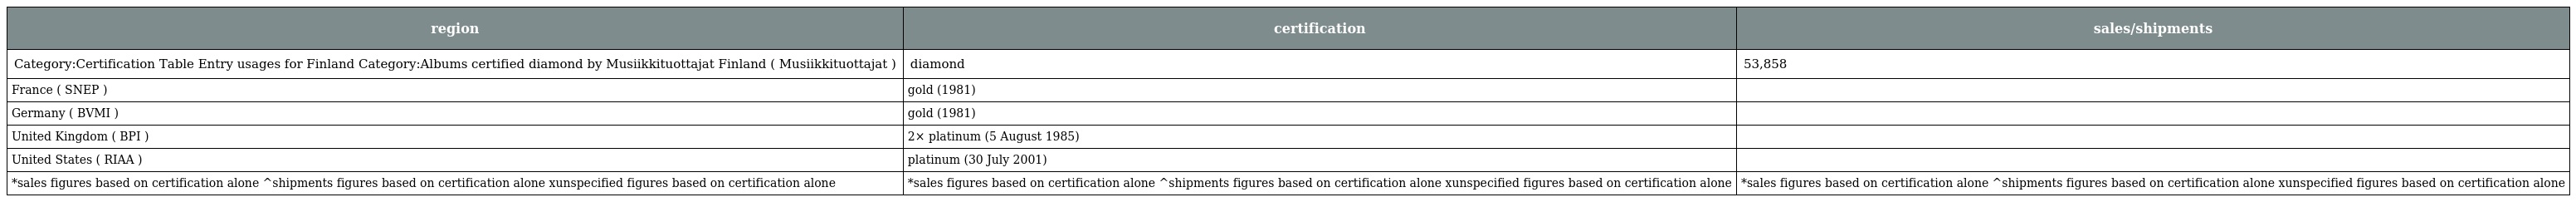
| region | certification | sales/shipments |
 | --- | --- | --- |
 | Category:Certification Table Entry usages for Finland Category:Albums certified diamond by Musiikkituottajat Finland ( Musiikkituottajat ) | diamond | 53,858 |
 | France ( SNEP ) | gold (1981) |  |
 | Germany ( BVMI ) | gold (1981) |  |
 | United Kingdom ( BPI ) | 2× platinum (5 August 1985) |  |
 | United States ( RIAA ) | platinum (30 July 2001) |  |
 | *sales figures based on certification alone ^shipments figures based on certification alone xunspecified figures based on certification alone | *sales figures based on certification alone ^shipments figures based on certification alone xunspecified figures based on certification alone | *sales figures based on certification alone ^shipments figures based on certification alone xunspecified figures based on certification alone |